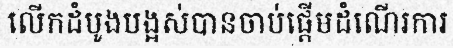
លើកដំបូងបង្អស់បានចាប់ផ្តើមដំណើរការ